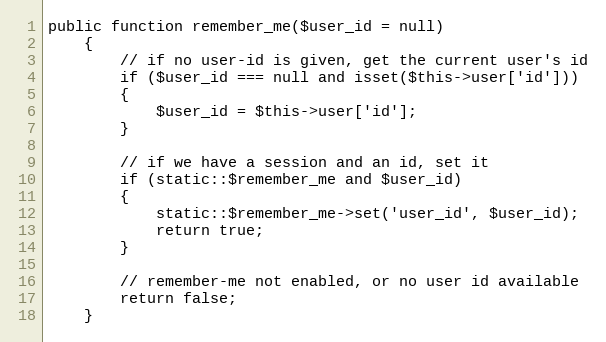
Language: PHP
public function remember_me($user_id = null)
	{
		// if no user-id is given, get the current user's id
		if ($user_id === null and isset($this->user['id']))
		{
			$user_id = $this->user['id'];
		}

		// if we have a session and an id, set it
		if (static::$remember_me and $user_id)
		{
			static::$remember_me->set('user_id', $user_id);
			return true;
		}

		// remember-me not enabled, or no user id available
		return false;
	}